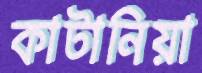
কাটানিয়া